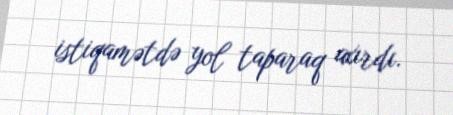
istiqamətdə yol taparaq axırdı.